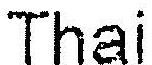
THAI